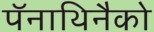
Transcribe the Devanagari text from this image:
पॅनाथिनैको